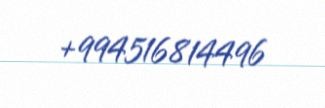
+994516814496